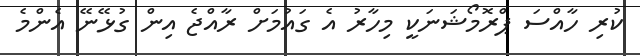
ކުރި ހާއްސަ ޕްރޮމޯޝަނަކީ މިހާރު އެ ގައުމަށް ރާއްޖެ އިން ގުޅޭނޭ އެންމެ